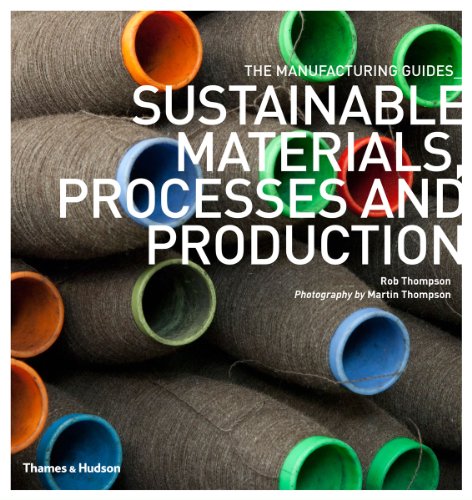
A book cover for Sustainable Materials, Processes and Production (The Manufacturing Guides); Arts & Photography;